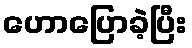
ဟောပြောခဲ့ပြီး